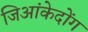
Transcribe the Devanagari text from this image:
जिआंकेदोंग